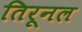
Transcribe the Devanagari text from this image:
तिरूनल